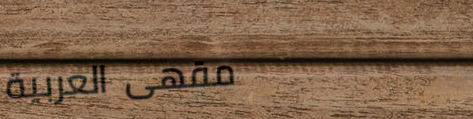
مقهى العربية